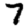
Digit: 7